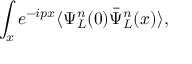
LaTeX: \int _ { x } e ^ { - i p x } \langle \Psi _ { L } ^ { n } ( 0 ) \bar { \Psi } _ { L } ^ { n } ( x ) \rangle ,